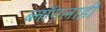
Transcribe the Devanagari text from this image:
ब्लॉगलाही